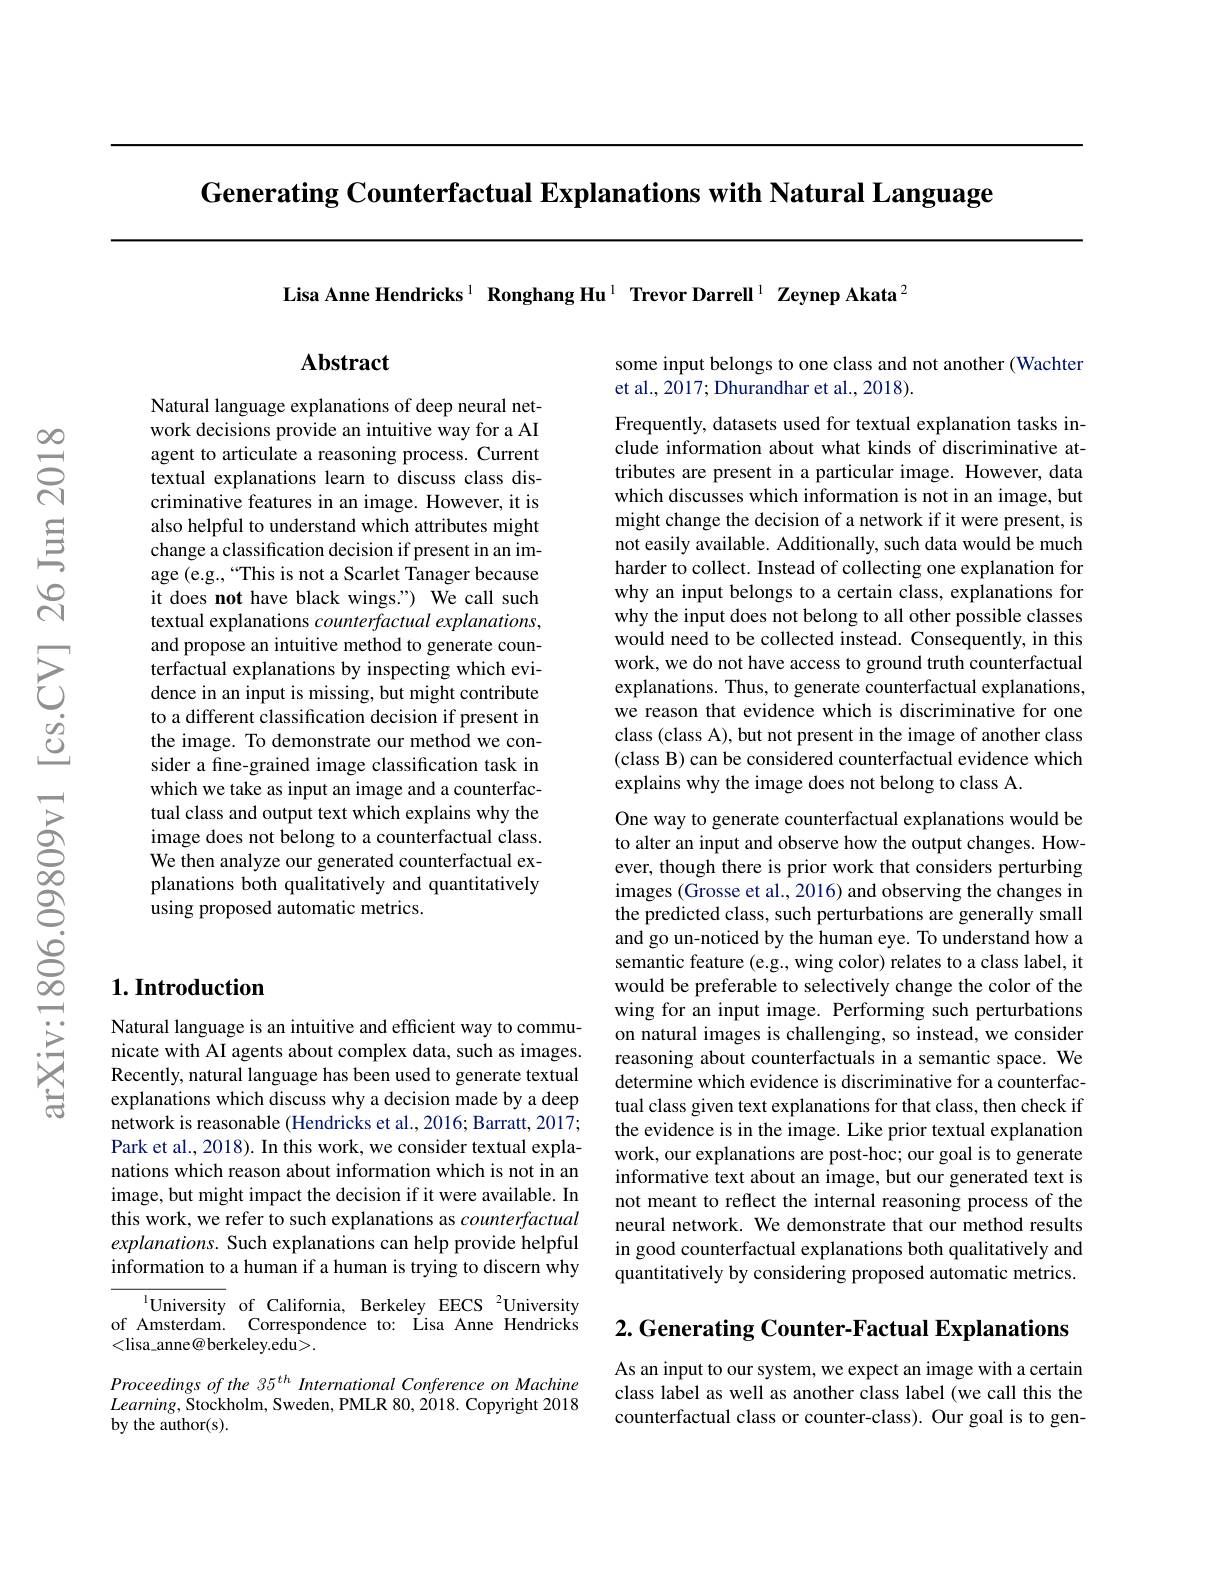
Generating Counterfactual Explanations with Natural Language

Lisa Anne Hendricks$^1\textbf{Ronghang Hu}^1\textbf{ Trevor Darrell}^1\textbf{ Zeynep Akata}^2$

## $\mathbf{Abstract}$

Natural language explanations of deep neural network decisions provide an intuitive way for a AI agent to articulate a reasoning process. Current textual explanations learn to discuss class discriminative features in an image. However, it is also helpful to understand which attributes might change a classification decision if present in an image (e.g.,“This is not a Scarlet Tanager because it does not have black wings.") We call such textual explanations counterfactual explanations, and propose an intuitive method to generate counterfactual explanations by inspecting which evidence in an input is missing, but might contribute to a different classification decision if present in the image. To demonstrate our method we consider a fine-grained image classification task in which we take as input an image and a counterfactual class and output text which explains why the image does not belong to a counterfactual class. We then analyze our generated counterfactual explanations both qualitatively and quantitatively using proposed automatic metrics.

## $1. \textbf{Introduction}$

Natural language is an intuitive and efficient way to communicate with AI agents about complex data, such as images. Recently, natural language has been used to generate textual explanations which discuss why a decision made by a deep network is reasonable (Hendricks et al., 2016; Barratt, 2017; Park et al., 2018). In this work, we consider textual explanations which reason about information which is not in an image, but might impact the decision if it were available. In this work, we refer to such explanations as counterfactual explanations. Such explanations can help provide helpful information to a human if a human is trying to discern why

${^{1}\text{University}}$ of California, Berkeley EECS$^2$University of Amsterdam. Correspondence to: Lisa Anne Hendricks <lisa\_anne@berkeley.edu>.

Proceedings of the 35$^{th}$ International Conference on Machine $Learning$,Stockholm, Sweden, PMLR 80, 2018. Copyright 2018 by the author(s).

some input belongs to one class and not another (Wachter
et al., 2017; Dhurandhar et al., 2018).

Frequently, datasets used for textual explanation tasks include information about what kinds of discriminative attributes are present in a particular image. However, data which discusses which information is not in an image, but might change the decision of a network if it were present, is not easily available. Additionally, such data would be much harder to collect. Instead of collecting one explanation for why an input belongs to a certain class, explanations for why the input does not belong to all other possible classes would need to be collected instead. Consequently, in this work, we do not have access to ground truth counterfactual explanations. Thus, to generate counterfactual explanations, we reason that evidence which is discriminative for one class (class A), but not present in the image of another class (class B) can be considered counterfactual evidence which explains why the image does not belong to class A.

One way to generate counterfactual explanations would be to alter an input and observe how the output changes. However, though there is prior work that considers perturbing images (Grosse et al., 2016) and observing the changes in the predicted class, such perturbations are generally small and go un-noticed by the human eye. To understand how a semantic feature (e.g., wing color) relates to a class label, it would be preferable to selectively change the color of the wing for an input image. Performing such perturbations on natural images is challenging, so instead, we consider reasoning about counterfactuals in a semantic space. We determine which evidence is discriminative for a counterfactual class given text explanations for that class, then check if the evidence is in the image. Like prior textual explanation work, our explanations are post-hoc; our goal is to generate informative text about an image, but our generated text is not meant to reflect the internal reasoning process of the neural network. We demonstrate that our method results in good counterfactual explanations both qualitatively and quantitatively by considering proposed automatic metrics.

2. Generating Counter-Factual Explanations

As an input to our system, we expect an image with a certain class label as well as another class label (we call this the counterfactual class or counter-class). Our goal is to gen-